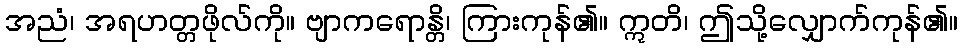
အညံ၊ အရဟတ္တဖိုလ်ကို။ ဗျာကရောန္တိ၊ ကြားကုန်၏။ ဣတိ၊ ဤသို့လျှောက်ကုန်၏။